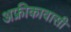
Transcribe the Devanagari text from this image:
अफ्रीकावासी